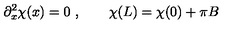
\partial _ { x } ^ { 2 } \chi ( x ) = 0 \ , \qquad \chi ( L ) = \chi ( 0 ) + \pi B